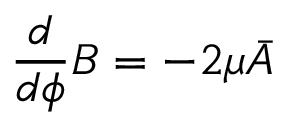
\frac { d } { d \phi } B = - 2 \mu \bar { A }